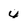
Character: 4